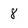
Character: 8